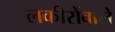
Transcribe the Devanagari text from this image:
लकीरोंवाले